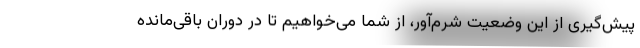
پیش‌گیری از این وضعیت شرم‌آور، از شما می‌خواهیم تا در دوران باقی‌مانده